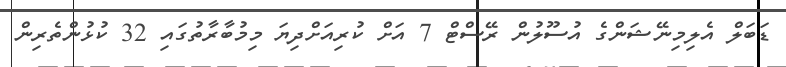
ޑަބަލް އެލިމިނޭޝަންގެ އުސޫލުން ރޭސްޓް 7 އަށް ކުރިއަށްދިޔަ މިމުބާރާތުގައި 32 ކުޅުންތެރިން